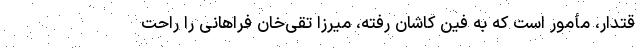
قتدار، مأمور است که به فین کاشان رفته، میرزا تقی‌خان فراهانی را راحت